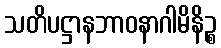
သတိပဋ္ဌာနဘာဝနာဂါမိနိဉ္စ